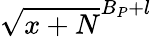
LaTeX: \sqrt{x+N}^{B_{P}+l}